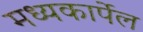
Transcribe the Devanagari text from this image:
मध्यकार्पेल